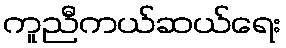
ကူညီကယ်ဆယ်ရေး